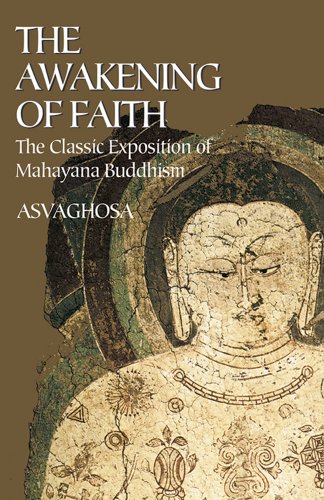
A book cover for The Awakening of Faith: The Classic Exposition of Mahayana Buddhism; Asvaghosa; Religion & Spirituality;